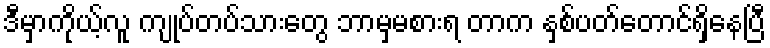
ဒီမှာကိုယ့်လူ ကျုပ်တပ်သားတွေ ဘာမှမစားရ တာက နှစ်ပတ်တောင်ရှိနေပြီ